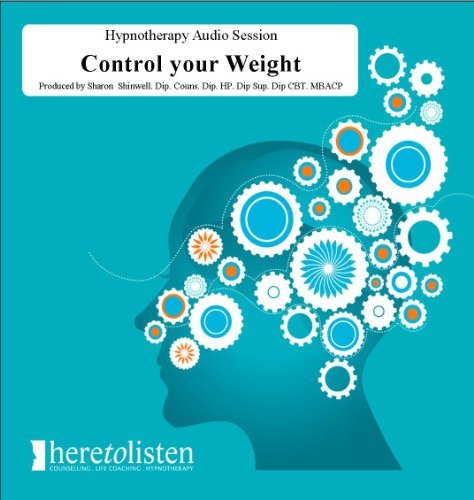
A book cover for No Diet Weight Loss Hypnosis CD (Here To Listen Self Hypnosis CDs) [Audio CD]; Sharon Shinwell; Health, Fitness & Dieting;